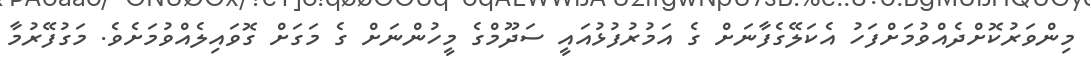
މިންވަރުކޮށްދެއްވުމަށްފަހު އެކަލޭގެފާނަށް ގެ އަމުރުފުޅުއައީ ސަދޫމްގެ މީހުންނަށް ގެ މަގަށް ގޮވައިލެއްވުމަށެވެ. މަގުފޭރުމާ